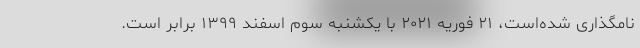
نامگذاری شده‌است، ۲۱ فوریه ۲۰۲۱ با یکشنبه سوم اسفند ۱۳۹۹ برابر است.